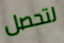
لتحصل